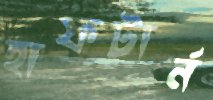
হাফটার্ন